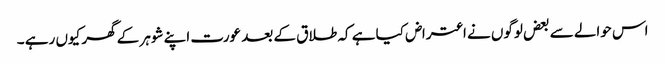
اس حوالے سے بعض لوگوں نے اعتراض کیا ہے کہ طلاق کے بعد عورت اپنے شوہر کے گھر کیوں رہے ۔